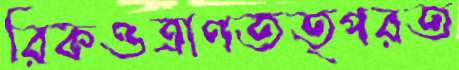
রিকওত্রাণতত্পরত